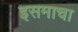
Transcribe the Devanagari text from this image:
इसमाचा